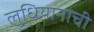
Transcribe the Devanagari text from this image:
लुधियानाची